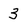
Character: 3